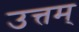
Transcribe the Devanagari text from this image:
उत्तम्